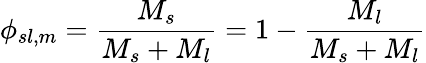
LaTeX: \phi_{sl,m}={\frac{M_{s}}{M_{s}+M_{l}}}=1-{\frac{M_{l}}{M_{s}+M_{l}}}